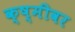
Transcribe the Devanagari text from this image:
क्ष्मीवर